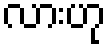
လားဟု